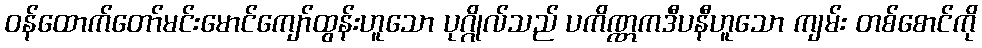
ဝန်ထောက်တော်မင်းမောင်ကျော်ထွန်းဟူသော ပုဂ္ဂိုလ်သည် ပကိဏ္ဏကဒီပနီဟူသော ကျမ်း တစ်စောင်ကို